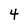
Character: 4